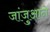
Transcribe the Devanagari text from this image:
जांजुआने